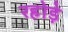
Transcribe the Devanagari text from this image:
रहोड़े